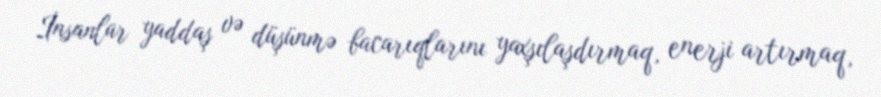
İnsanlar yaddaş və düşünmə bacarıqlarını yaxşılaşdırmaq, enerji artırmaq,